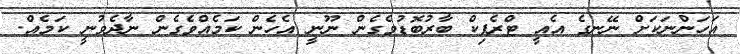
އަހަންނަކަށް ނޭނގެ އެއީ ޓްރެފިކް ބާރުބޮޑުވެގެން ނޫނީ އެހެން ކަމެއްވެގެން ނާދެވުނީ ކަމެއް.